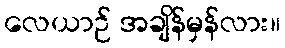
လေယာဉ် အချိန်မှန်လား။